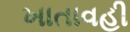
ખાતાવહી